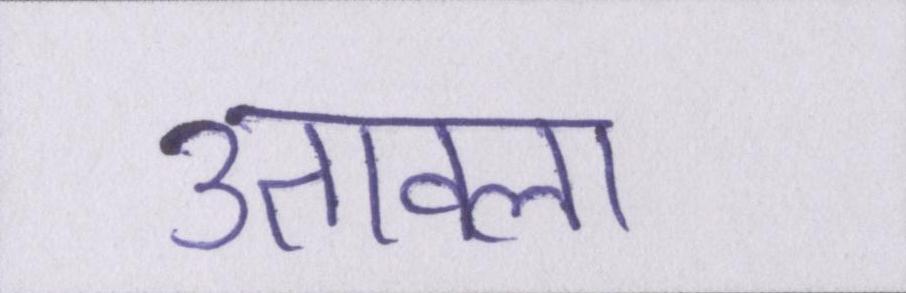
उतावला